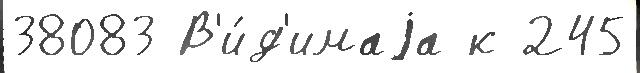
38083 В'и́д'имаjа к 245